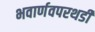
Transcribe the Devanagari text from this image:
भवार्णवपरथडी